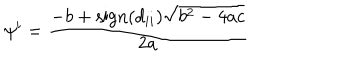
LaTeX: \psi ^ { i } = \frac { - b + \mathrm { s i g n } ( d _ { i i } ) \sqrt { b ^ { 2 } - 4 a c } } { 2 a }